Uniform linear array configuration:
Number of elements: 32
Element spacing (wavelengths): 0.25
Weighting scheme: hamming
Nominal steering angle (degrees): -60
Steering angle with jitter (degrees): -60.178
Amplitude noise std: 0.05
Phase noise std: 0.05

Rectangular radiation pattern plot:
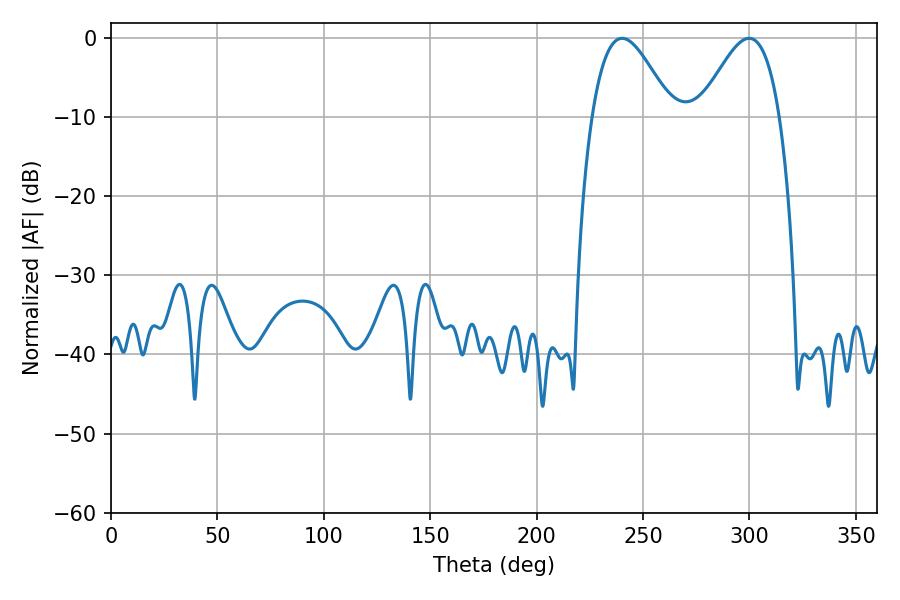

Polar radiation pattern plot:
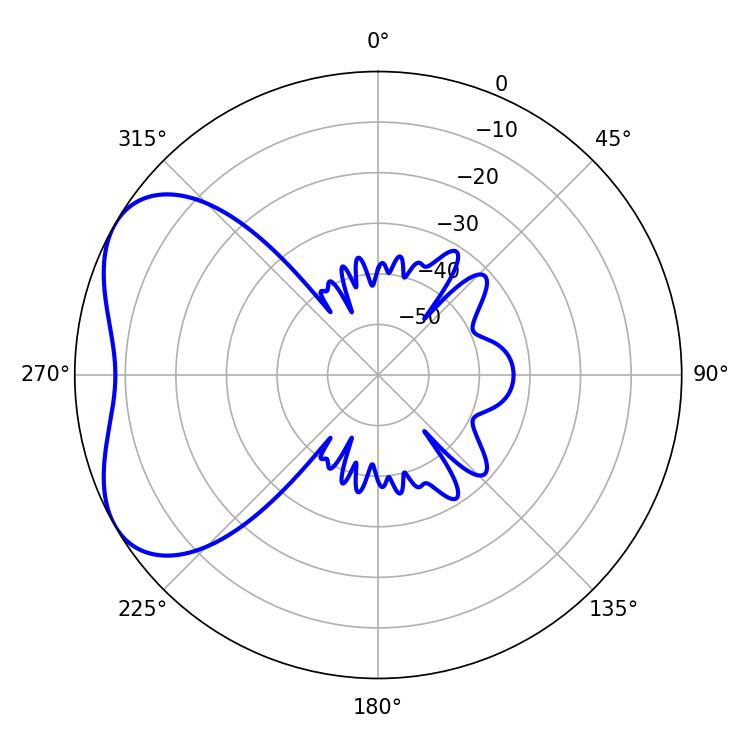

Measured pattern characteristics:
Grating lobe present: FALSE
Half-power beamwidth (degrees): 20.16
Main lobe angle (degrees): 240.12